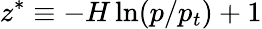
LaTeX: {z^{*}\equiv-H\ln(p/p_{t})+1}